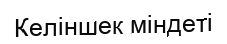
Келіншек міндеті